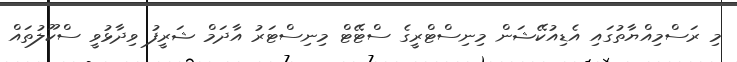
މި ރަސްމިއްޔާތުގައި އެޑިއުކޭޝަން މިނިސްޓްރީގެ ސްޓޭޓް މިނިސްޓަރު އާދަމް ޝަރީފު ވިދާޅުވީ ސްކޫލުތައް